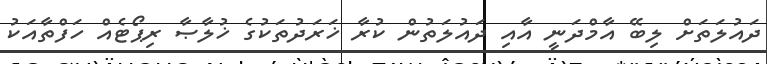
ދައުލަތަށް ލިބޭ އާމްދަނީ އާއި ދައުލަތުން ކުރާ ޚަރަދުތަކުގެ ޚުލާޞާ ރިޕޯޓެއް ހަފްތާއަކު